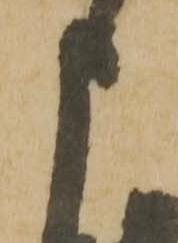
申